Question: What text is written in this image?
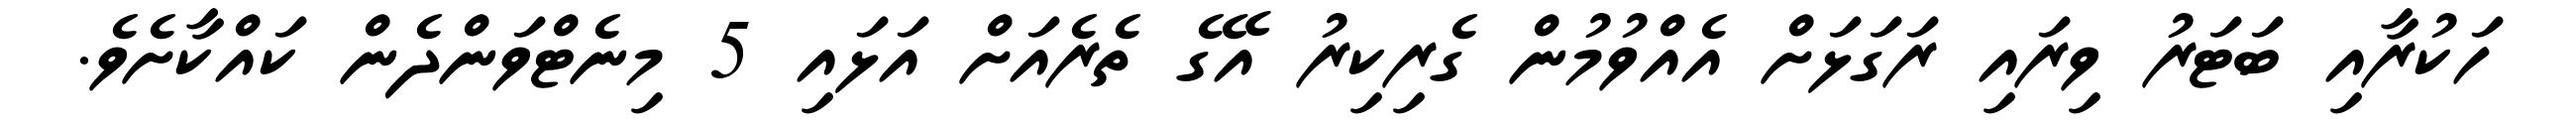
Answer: ހަކުރާއި ބަޓަރު ވިރައި ރަގަޅަށް އެއްވުމުން ގެރިކިރު އޭގެ ތެރެއަށް އަޅައި 5 މިނެޓްވަންދެން ކައްކާށެވެ.